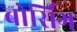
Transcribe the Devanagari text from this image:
बोर्सिग